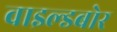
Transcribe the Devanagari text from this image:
वाइल्डबोर